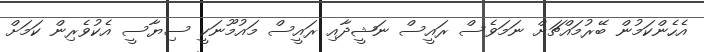
އެހެންކަމުން ބޭރުމައްޗަށް ނަމަވެސް ރައީސް ނަޝީދާއި ރައީސް މައުމޫނަކީ ސިޔާސީ އެކުވެރިން ކަމަށް